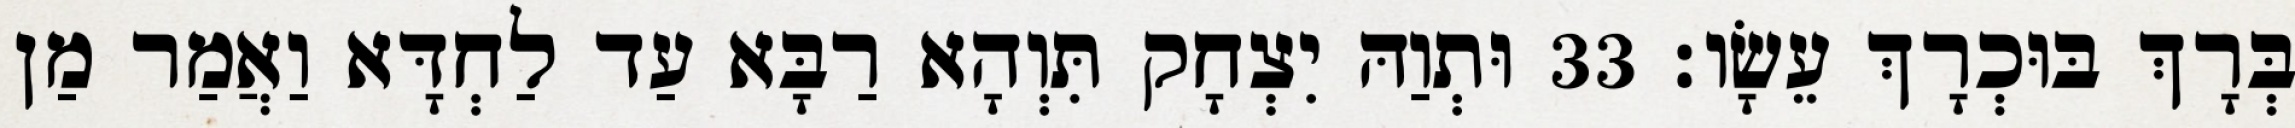
בְּרָךְ בּוּכְרָךְ עֵשָׂו׃ 33 וּתְוַהּ יִצְחָק תִּוְהָא רַבָּא עַד לַחְדָּא וַאֲמַר מַן